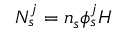
N _ { s } ^ { j } = n _ { s } \phi _ { s } ^ { j } H